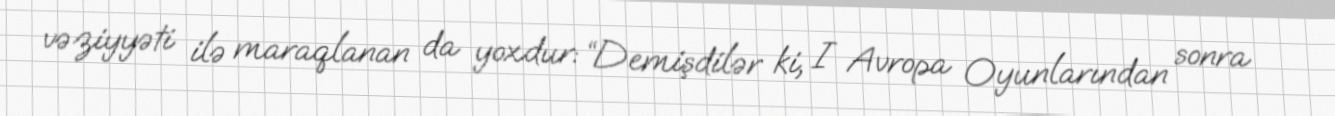
vəziyyəti ilə maraqlanan da yoxdur: “Demişdilər ki, I Avropa Oyunlarından sonra